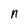
Character: n